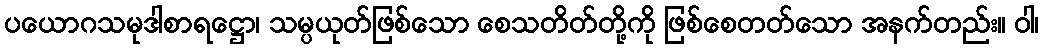
ပယောဂသမုဒါစာရဋ္ဌော၊ သမ္ပယုတ်ဖြစ်သော စေသတိတ်တို့ကို ဖြစ်စေတတ်သော အနက်တည်း။ ဝါ၊